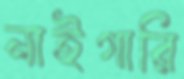
নাইগারি